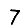
Digit: 7